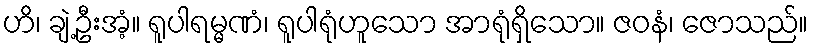
ဟိ၊ ချဲ့ဦးအံ့။ ရူပါရမ္မဏံ၊ ရူပါရုံဟူသော အာရုံရှိသော။ ဇဝနံ၊ ဇောသည်။